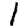
Digit: 1